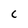
Character: C